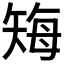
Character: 𬑲